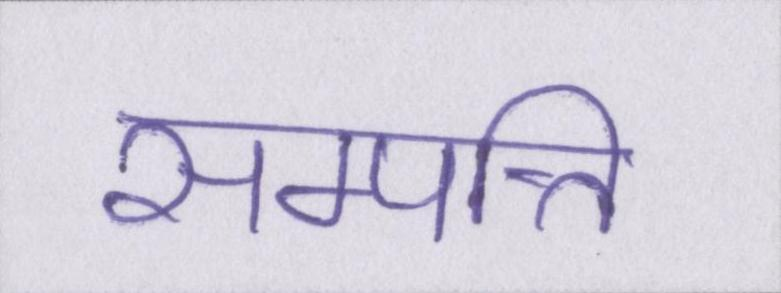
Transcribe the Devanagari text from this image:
सम्पत्ति